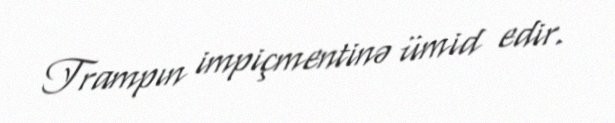
Trampın impiçmentinə ümid edir.